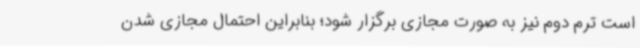
است ترم دوم نیز به صورت مجازی برگزار شود؛ ‌بنابراین احتمال مجازی شدن